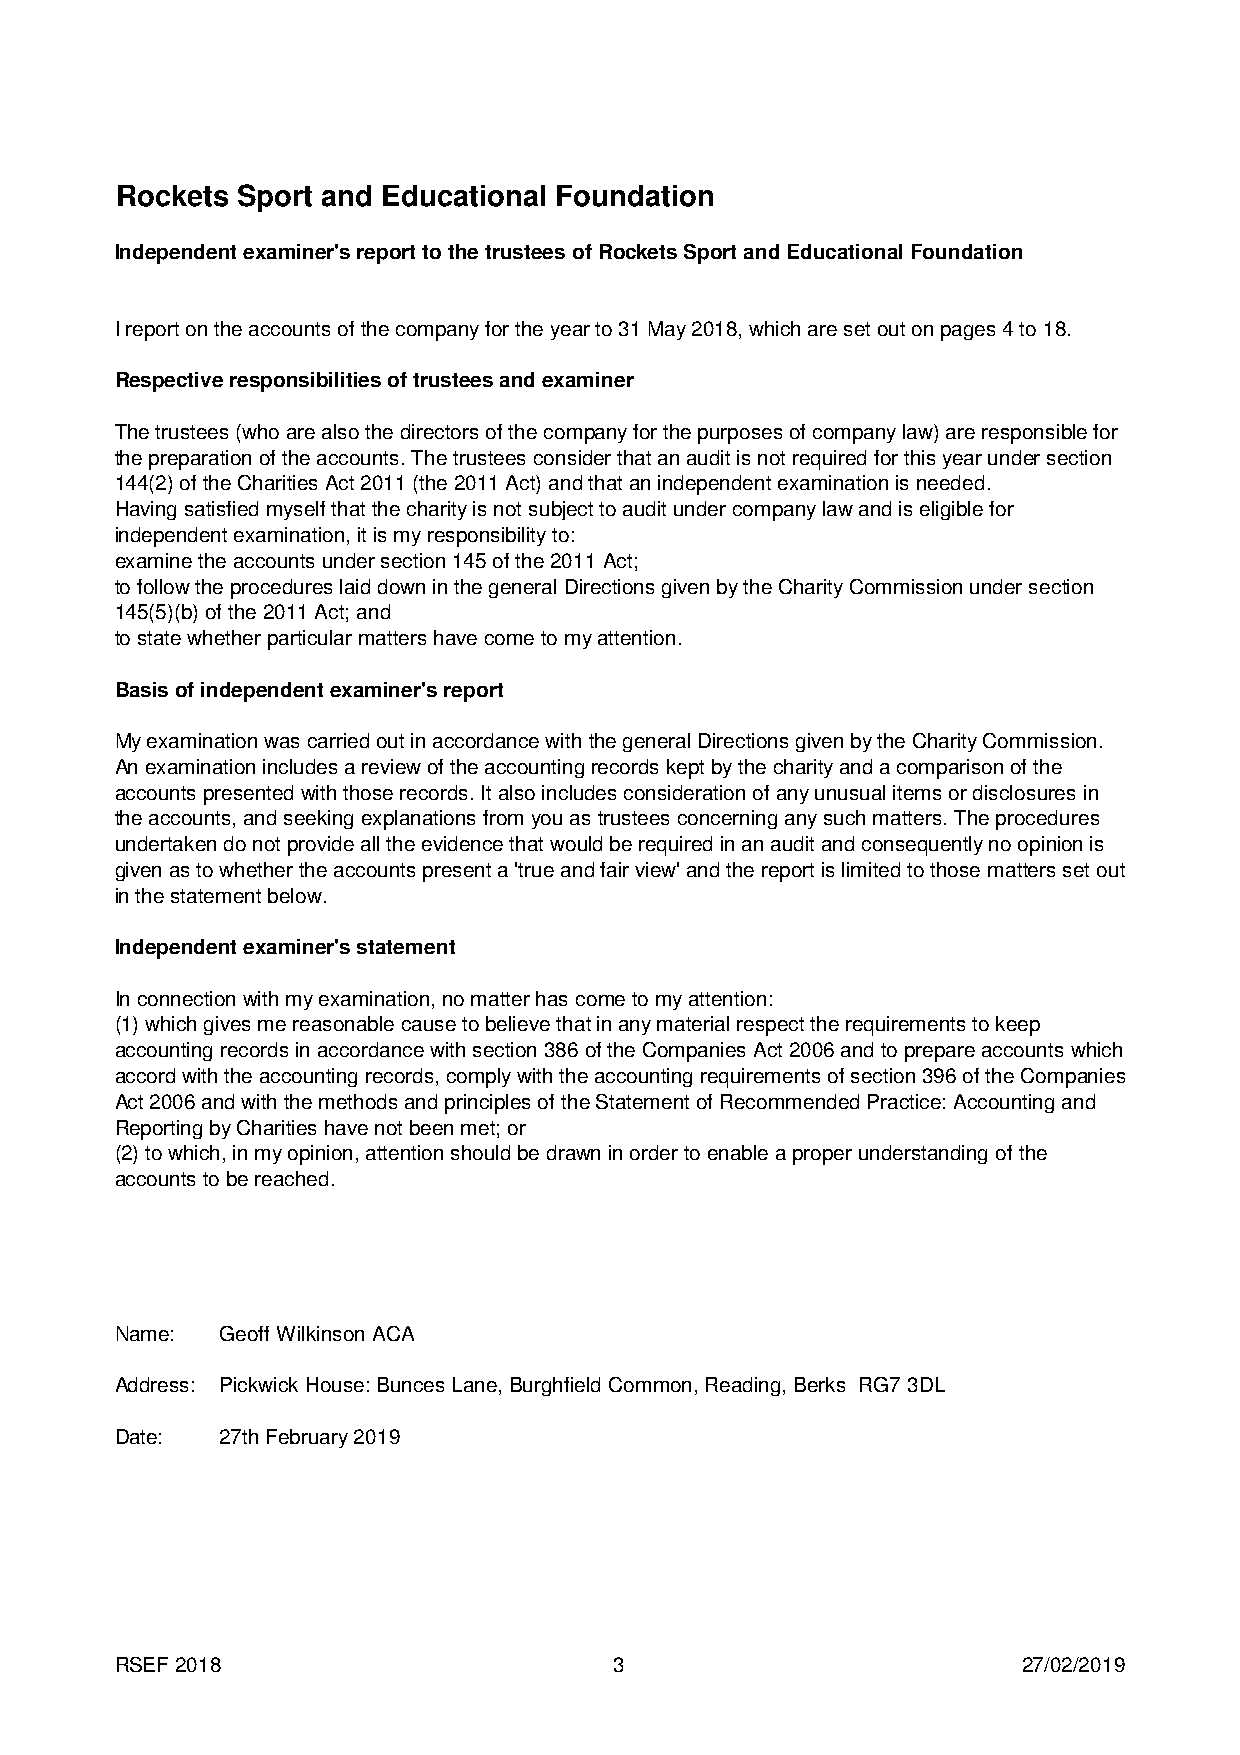
Rockets Sport and Educational Foundation
 Independent examiner's report to the trustees of Rockets Sport and Educational Foundation
 I report on the accounts of the company for the year to 31 May 2018, which are set out on pages 4 to 18.
 Respective responsibilities of trustees and examiner
 The trustees (who are also the directors of the company for the purposes of company law) are responsible for
 the preparation of the accounts. The trustees consider that an audit is not required for this year under section
 144(2) of the Charities Act 2011 (the 2011 Act) and that an independent examination is needed.
 Having satisfied myself that the charity is not subject to audit under company law and is eligible for
 independent examination, it is my responsibility to:
 examine the accounts under section 145 of the 2011 Act;
 to follow the procedures laid down in the general Directions given by the Charity Commission under section
 145(5)(b) of the 2011 Act; and
 to state whether particular matters have come to my attention.
 Basis of independent examiner's report
 My examination was carried out in accordance with the general Directions given by the Charity Commission.
 An examination includes a review of the accounting records kept by the charity and a comparison of the
 accounts presented with those records. It also includes consideration of any unusual items or disclosures in
 the accounts, and seeking explanations from you as trustees concerning any such matters. The procedures
 undertaken do not provide all the evidence that would be required in an audit and consequently no opinion is
 given as to whether the accounts present a 'true and fair view' and the report is limited to those matters set out
 in the statement below.
 Independent examiner's statement
 In connection with my examination, no matter has come to my attention:
 (1) which gives me reasonable cause to believe that in any material respect the requirements to keep
 accounting records in accordance with section 386 of the Companies Act 2006 and to prepare accounts which
 accord with the accounting records, comply with the accounting requirements of section 396 of the Companies
 Act 2006 and with the methods and principles of the Statement of Recommended Practice: Accounting and
 Reporting by Charities have not been met; or
 (2) to which, in my opinion, attention should be drawn in order to enable a proper understanding of the
 accounts to be reached.
 Name:  Geoff Wilkinson ACA
 Address: Pickwick House: Bunces Lane, Burghfield Common, Reading, Berks RG7 3DL
 Date:  27th February 2019
 RSEF 2018                        3                          27/02/2019